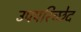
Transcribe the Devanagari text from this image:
उपपरिच्छेद